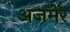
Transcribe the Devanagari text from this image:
अजमेंर